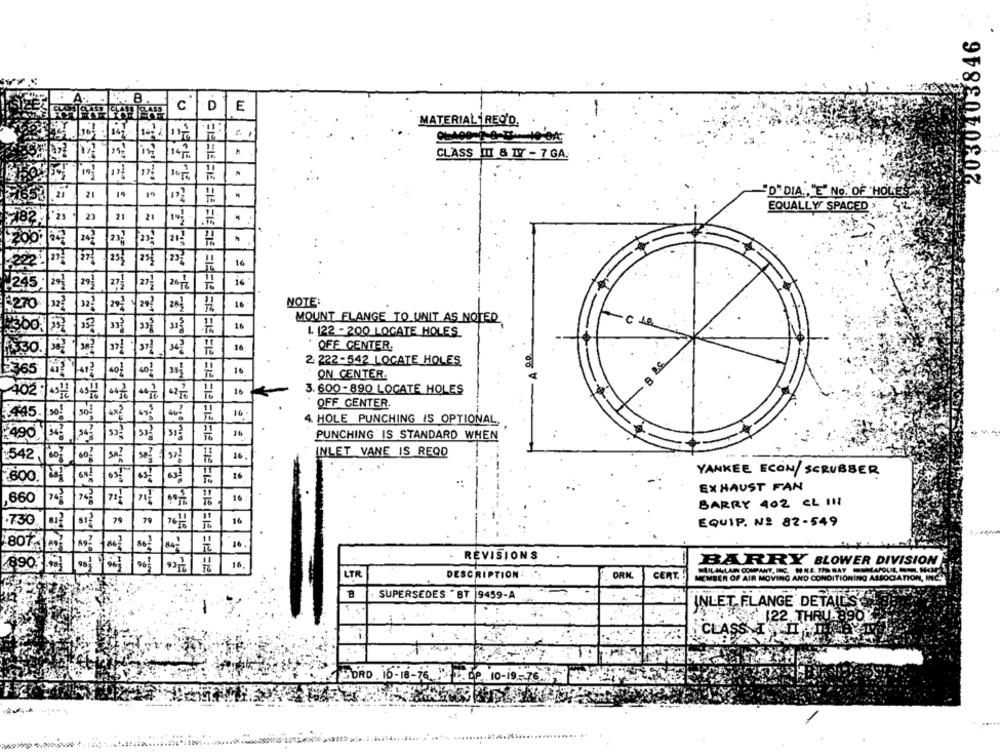
2030403846
D
E
C.
MATERIAL REC'D.
. .
CLASS ITI & 17 - 7 GA.
10}
17;
21
19
19
"D"DIA ., "E" No. OF HOLES
EQUALLY SPACED > 424
23
21
21
232
21
27
14
T
11
245
29;
27}
127
16 .
NOTE:
270
322
322
29
20}
bo
16
MOUNT FLANGE TO UNIT AS NOTED
357
L 122 - 200 LOCATE HOLES
382
37;
16
OFF CENTER.
330
2 222-542 LOCATE HOLES
5365
40!
35;
16
402
ON CENTER.
402 :
4541
16
3. 600-890 LOCATE HOLES
OFF CENTER
445
16:
4. HOLE PUNCHING IS OPTIONAL,
11
490
54
16
PUNCHING IS STANDARD WHEN
INLET VANE IS REQD
-542
16
6.84
26
YANKEE ECON/SCRUBBER
600
EXHAUST FAN
16.
660
BARRY 402 CL 111
.7.30
812
79
16
EQUIP. Nº 82-549
76H
807
16
REVISIONS
TETTG BETEGE
16
BARRY BLOWER DIVISION
9212/18
LTR
CERT.
DESCRIPTION:
ORK.
MEMBER OF AIR MOVING AND CONDITIONING ASSOCIATION, INC.
SUPERSEDES " BT 9459-A
INLET FLANGE DETAIL'S
₹ 122 THRU 890
CLASS MATEER
DRD. 16-18-76 .00 10-10-76
......